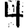
Digit: 4